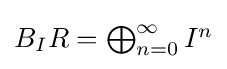
{\textstyle B_{I}R=\bigoplus _{n=0}^{\infty }I^{n}}